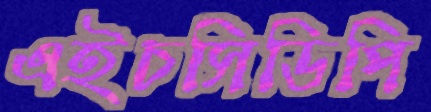
এইচসিডিপি